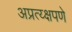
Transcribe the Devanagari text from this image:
अप्रत्य्क्षपणे